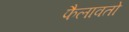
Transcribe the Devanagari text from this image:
फैलावतो